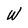
Character: w